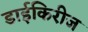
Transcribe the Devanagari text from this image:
डाईकिरीज